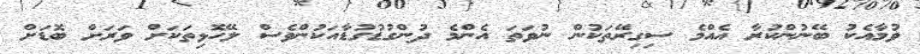
ވުމާއެކު ބޭނުންކުރާ އެއްމެ ސިގިރޭތަކުން ނުވަތަ އެންމެ ދުންގުޑުގުޑާއަކުންވެސް ލޭހޮޅިތަކަށް ވަރަށް ބޮޑަށް